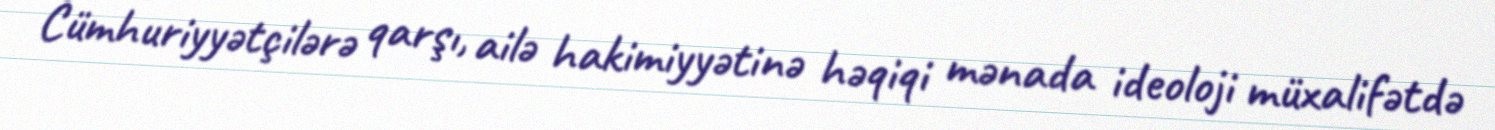
Cümhuriyyətçilərə qarşı, ailə hakimiyyətinə həqiqi mənada ideoloji müxalifətdə